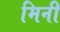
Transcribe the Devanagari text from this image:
मिनी